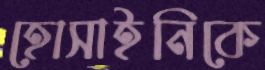
হোসাইনিকে